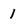
Character: 1